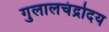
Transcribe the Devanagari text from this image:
गुलालचंद्रोदय